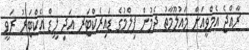
ރާއްޖެ އެމްވީއަށް މައުލޫމާތު ދެމުން ފިލްމުގެ ޑައިރެކްޓަރ އަދި ލީޑް އެކްޓަރު ރަވީ